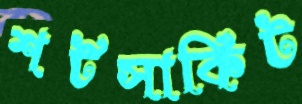
শর্টসার্কিট